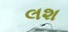
લશ